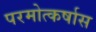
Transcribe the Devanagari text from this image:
परमोत्कर्षास